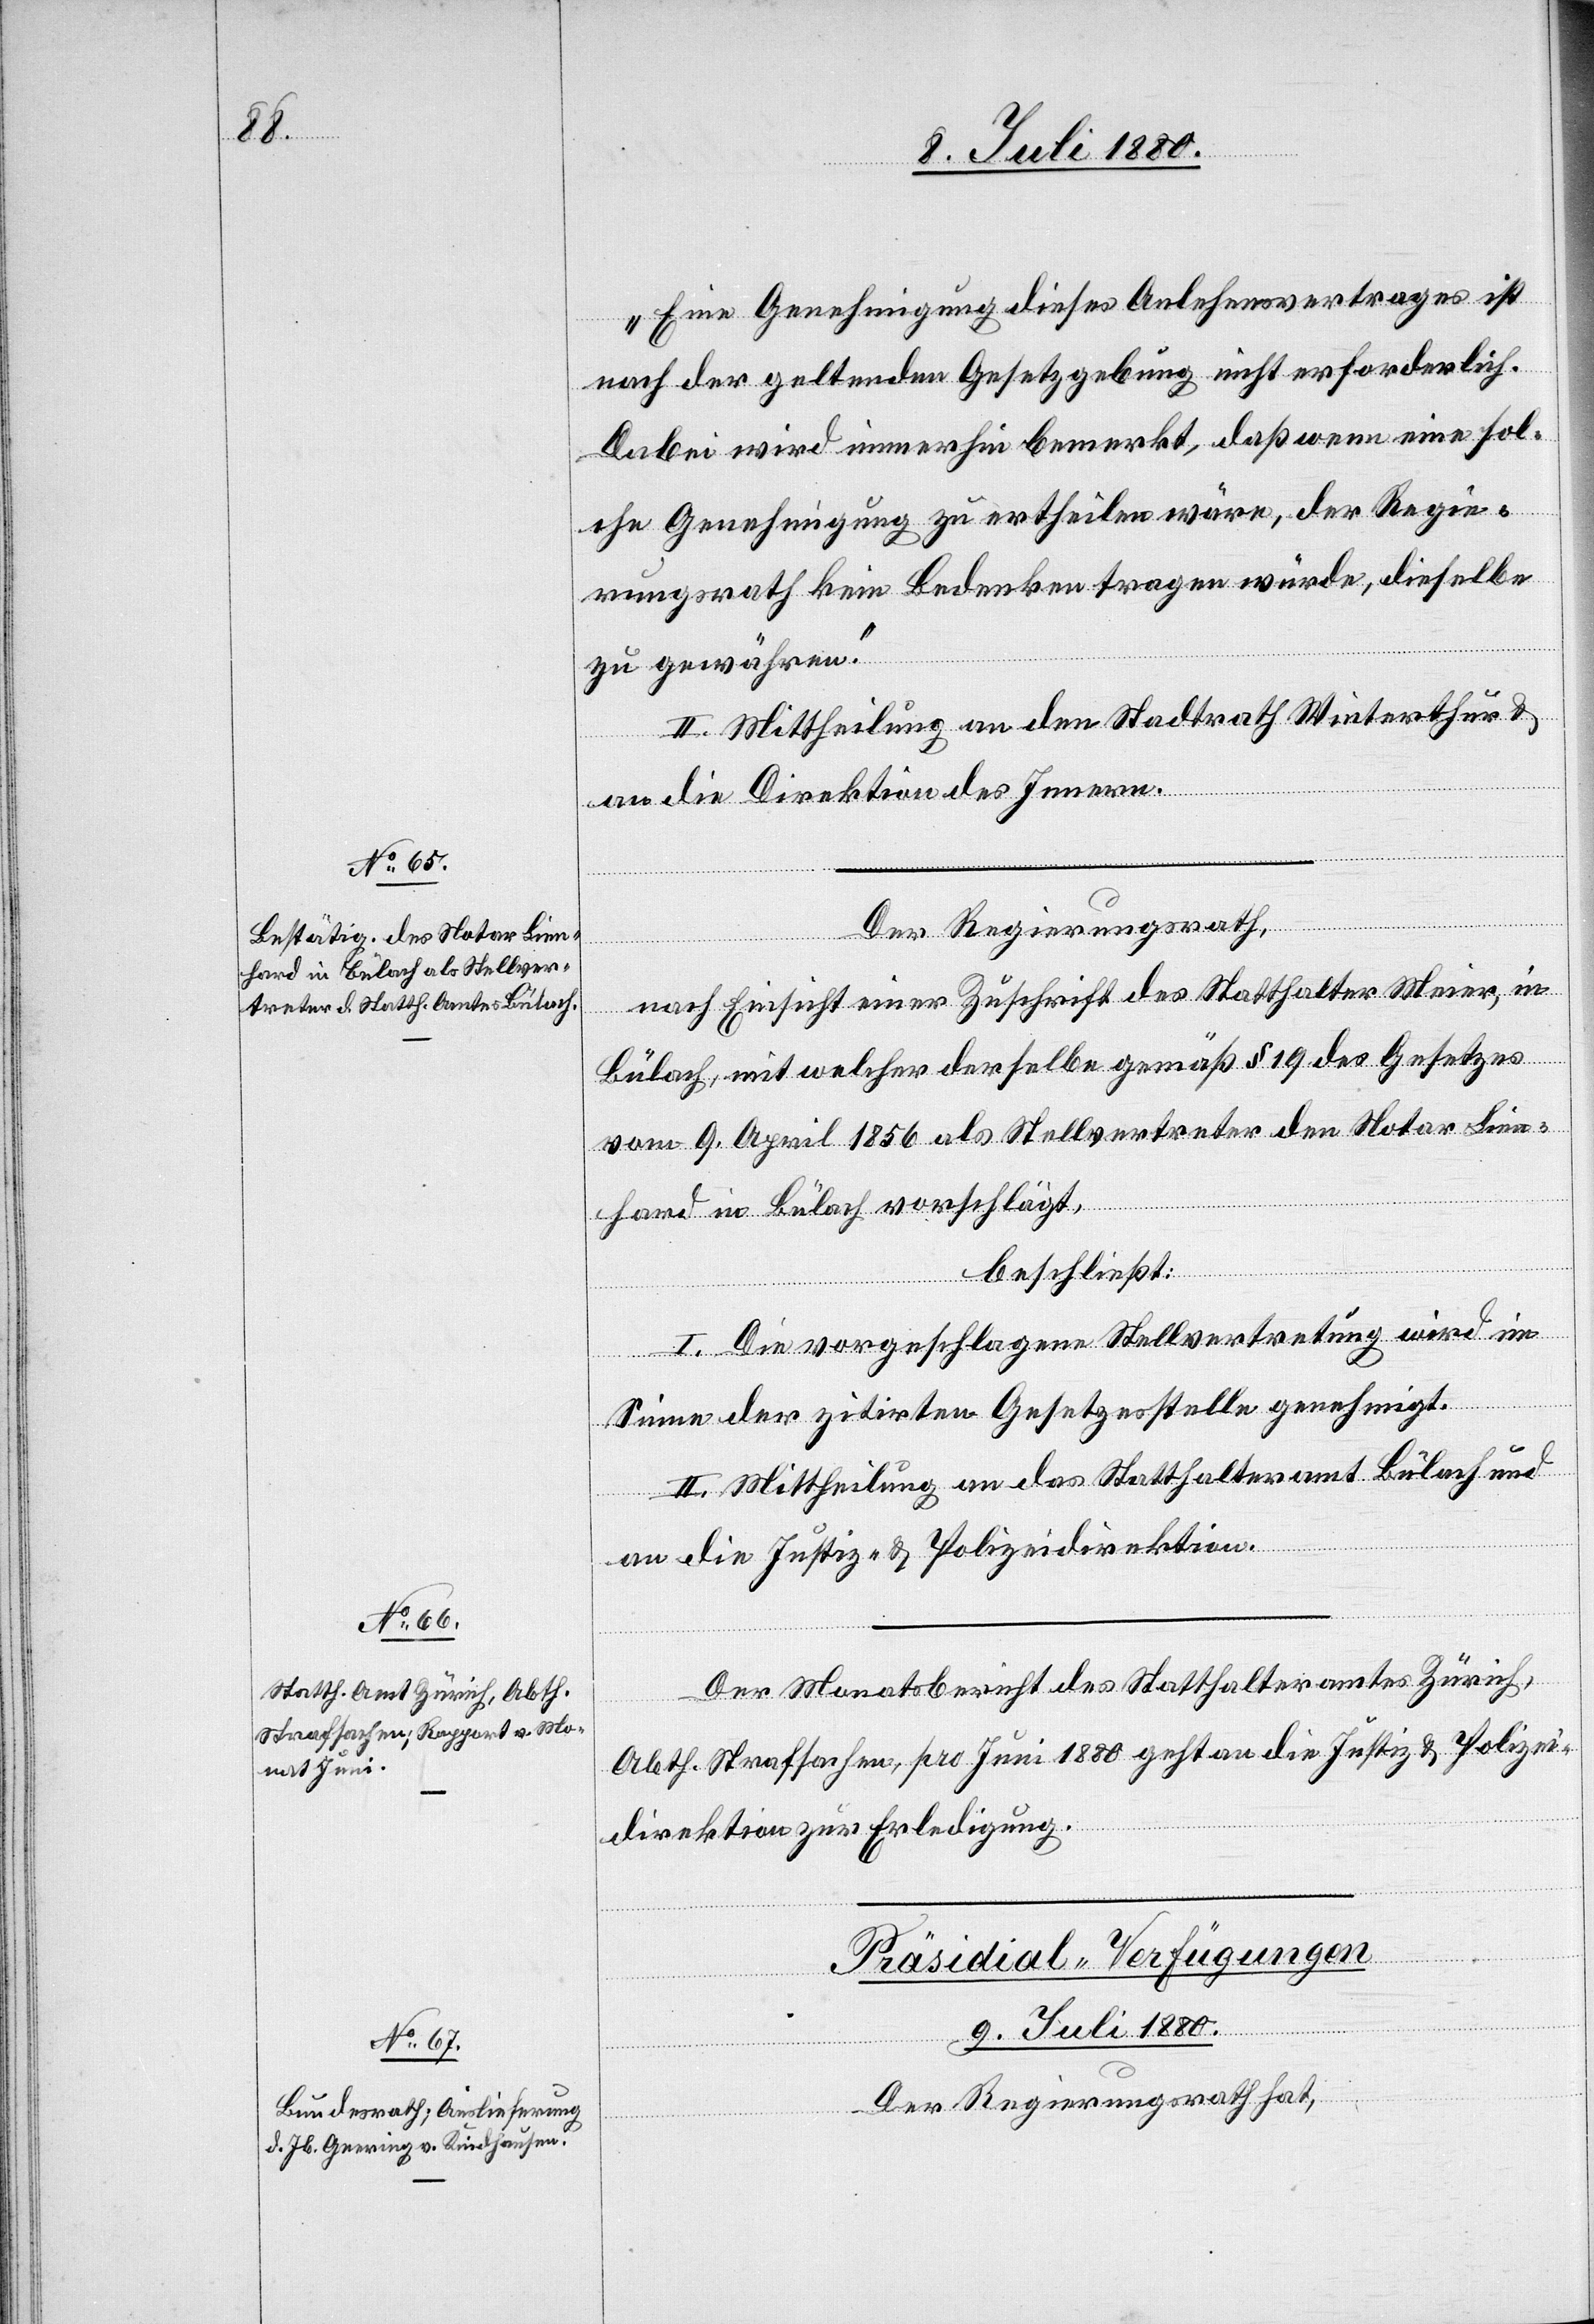
„Eine Genehmigung dieses Anlehensvertrages ist
nach der geltenden Gesetzgebung nicht erforderlich.
Dabei wird immerhin bemerkt, daß wenn eine sol¬
che Genehmigung zu ertheilen wäre, der Regie¬
rungsrath kein Bedenken tragen würde, dieselbe
zu gewähren.“
II. Mittheilung an den Stadtrath Winterthur &
an die Direktion des Innern.
Der Regierungsrath,
nach Einsicht einer Zuschrift des Statthalter Meier, in
Bülach, mit welcher derselbe gemäß § 19 des Gesetzes
vom 9. April 1856 als Stellvertreter den Notar Lien¬
hard in Bülach vorschlägt,
beschließt:
I. Die vorgeschlagene Stellvertretung wird im
Sinne der zitirten Gesetzesstelle genehmigt.
II. Mittheilung an das Statthalteramt Bülach und
an die Justiz- & Polizeidirektion.
Der Monatsbericht des Statthalteramtes Zürich,
Abth. Strafsachen, pro Juni 1880 geht an die Justiz & Polizei¬
direktion zur Erledigung.
Präsidial-Verfügungen
9. Juli 1880.
Der Regierungsrath hat,